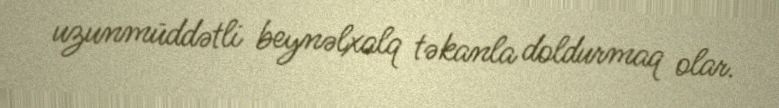
uzunmüddətli beynəlxalq təkanla doldurmaq olar.